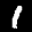
Label: 1